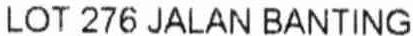
LOT 276 JALAN BANTING